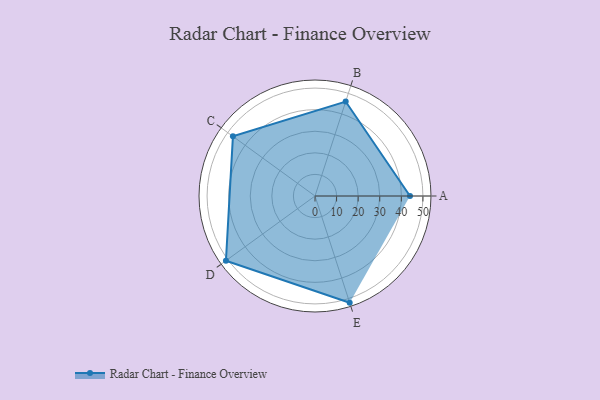
{"axis": {"x": "Skill", "y": "Score"}, "legend": ["Profile"], "data": [{"x": "A", "y": 44.0, "type": "Profile"}, {"x": "B", "y": 46.0, "type": "Profile"}, {"x": "C", "y": 47.0, "type": "Profile"}, {"x": "D", "y": 51.0, "type": "Profile"}, {"x": "E", "y": 52.0, "type": "Profile"}]}